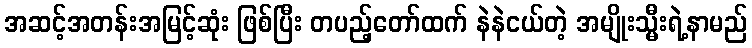
အဆင့်အတန်းအမြင့်ဆုံး ဖြစ်ပြီး တပည့်တော်ထက် နဲနဲငယ်တဲ့ အမျိုးသ္မီးရဲ့နာမည်